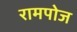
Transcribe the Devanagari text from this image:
रामपोज